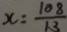
x = \frac { 1 0 8 } { 1 3 }